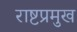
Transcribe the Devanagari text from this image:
राष्टप्रमुख